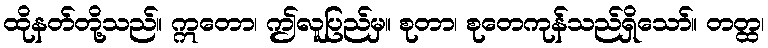
ထိုနတ်တို့သည်။ ဣတော၊ ဤလူပြည်မှ။ စုတာ၊ စုတေကုန်သည်ရှိသော်။ တတ္ထ၊